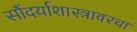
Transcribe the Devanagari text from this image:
सौंदर्याशास्त्रावरचा